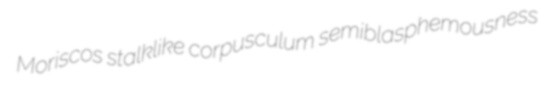
Moriscos stalklike corpusculum semiblasphemousness